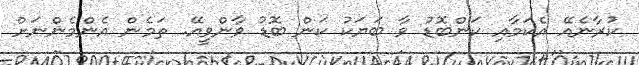
ކުރާނެއޭ އެކަމާއި ކަންބޮޑު ވާ ބަޔަކު ކަން ބޮޑު ވާންވީއޭ. ތަމެން އެންމެންނަށް